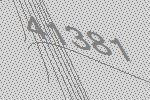
41381